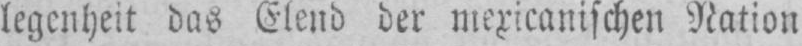
legenheit das Elend der mexicanischen Nation